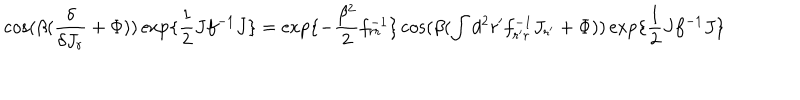
\cos ( \beta ( { \frac { \delta } { \delta J _ { r } } } + \Phi ) ) \exp \{ { \frac { 1 } { 2 } } J f ^ { - 1 } J \} = \exp \{ - { \frac { \beta ^ { 2 } } { 2 } } f _ { r r } ^ { - 1 } \} \cos ( \beta ( \int d ^ { 2 } r ^ { \prime } f _ { r ^ { \prime } r } ^ { - 1 } J _ { r ^ { \prime } } + \Phi ) ) \exp \{ { \frac { 1 } { 2 } } J f ^ { - 1 } J \}